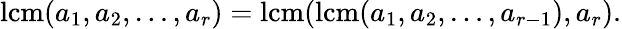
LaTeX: \operatorname{lcm}(a_{1},a_{2},\ldots,a_{r})=\operatorname{lcm}(\operatorname{lcm}(a_{1},a_{2},\ldots,a_{r-1}),a_{r}).